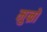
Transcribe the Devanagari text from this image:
मुन्रो